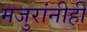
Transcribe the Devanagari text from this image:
मजुरांनीही